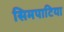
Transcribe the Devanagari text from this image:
सिमपाटिया